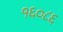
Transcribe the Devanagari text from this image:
१६०८६